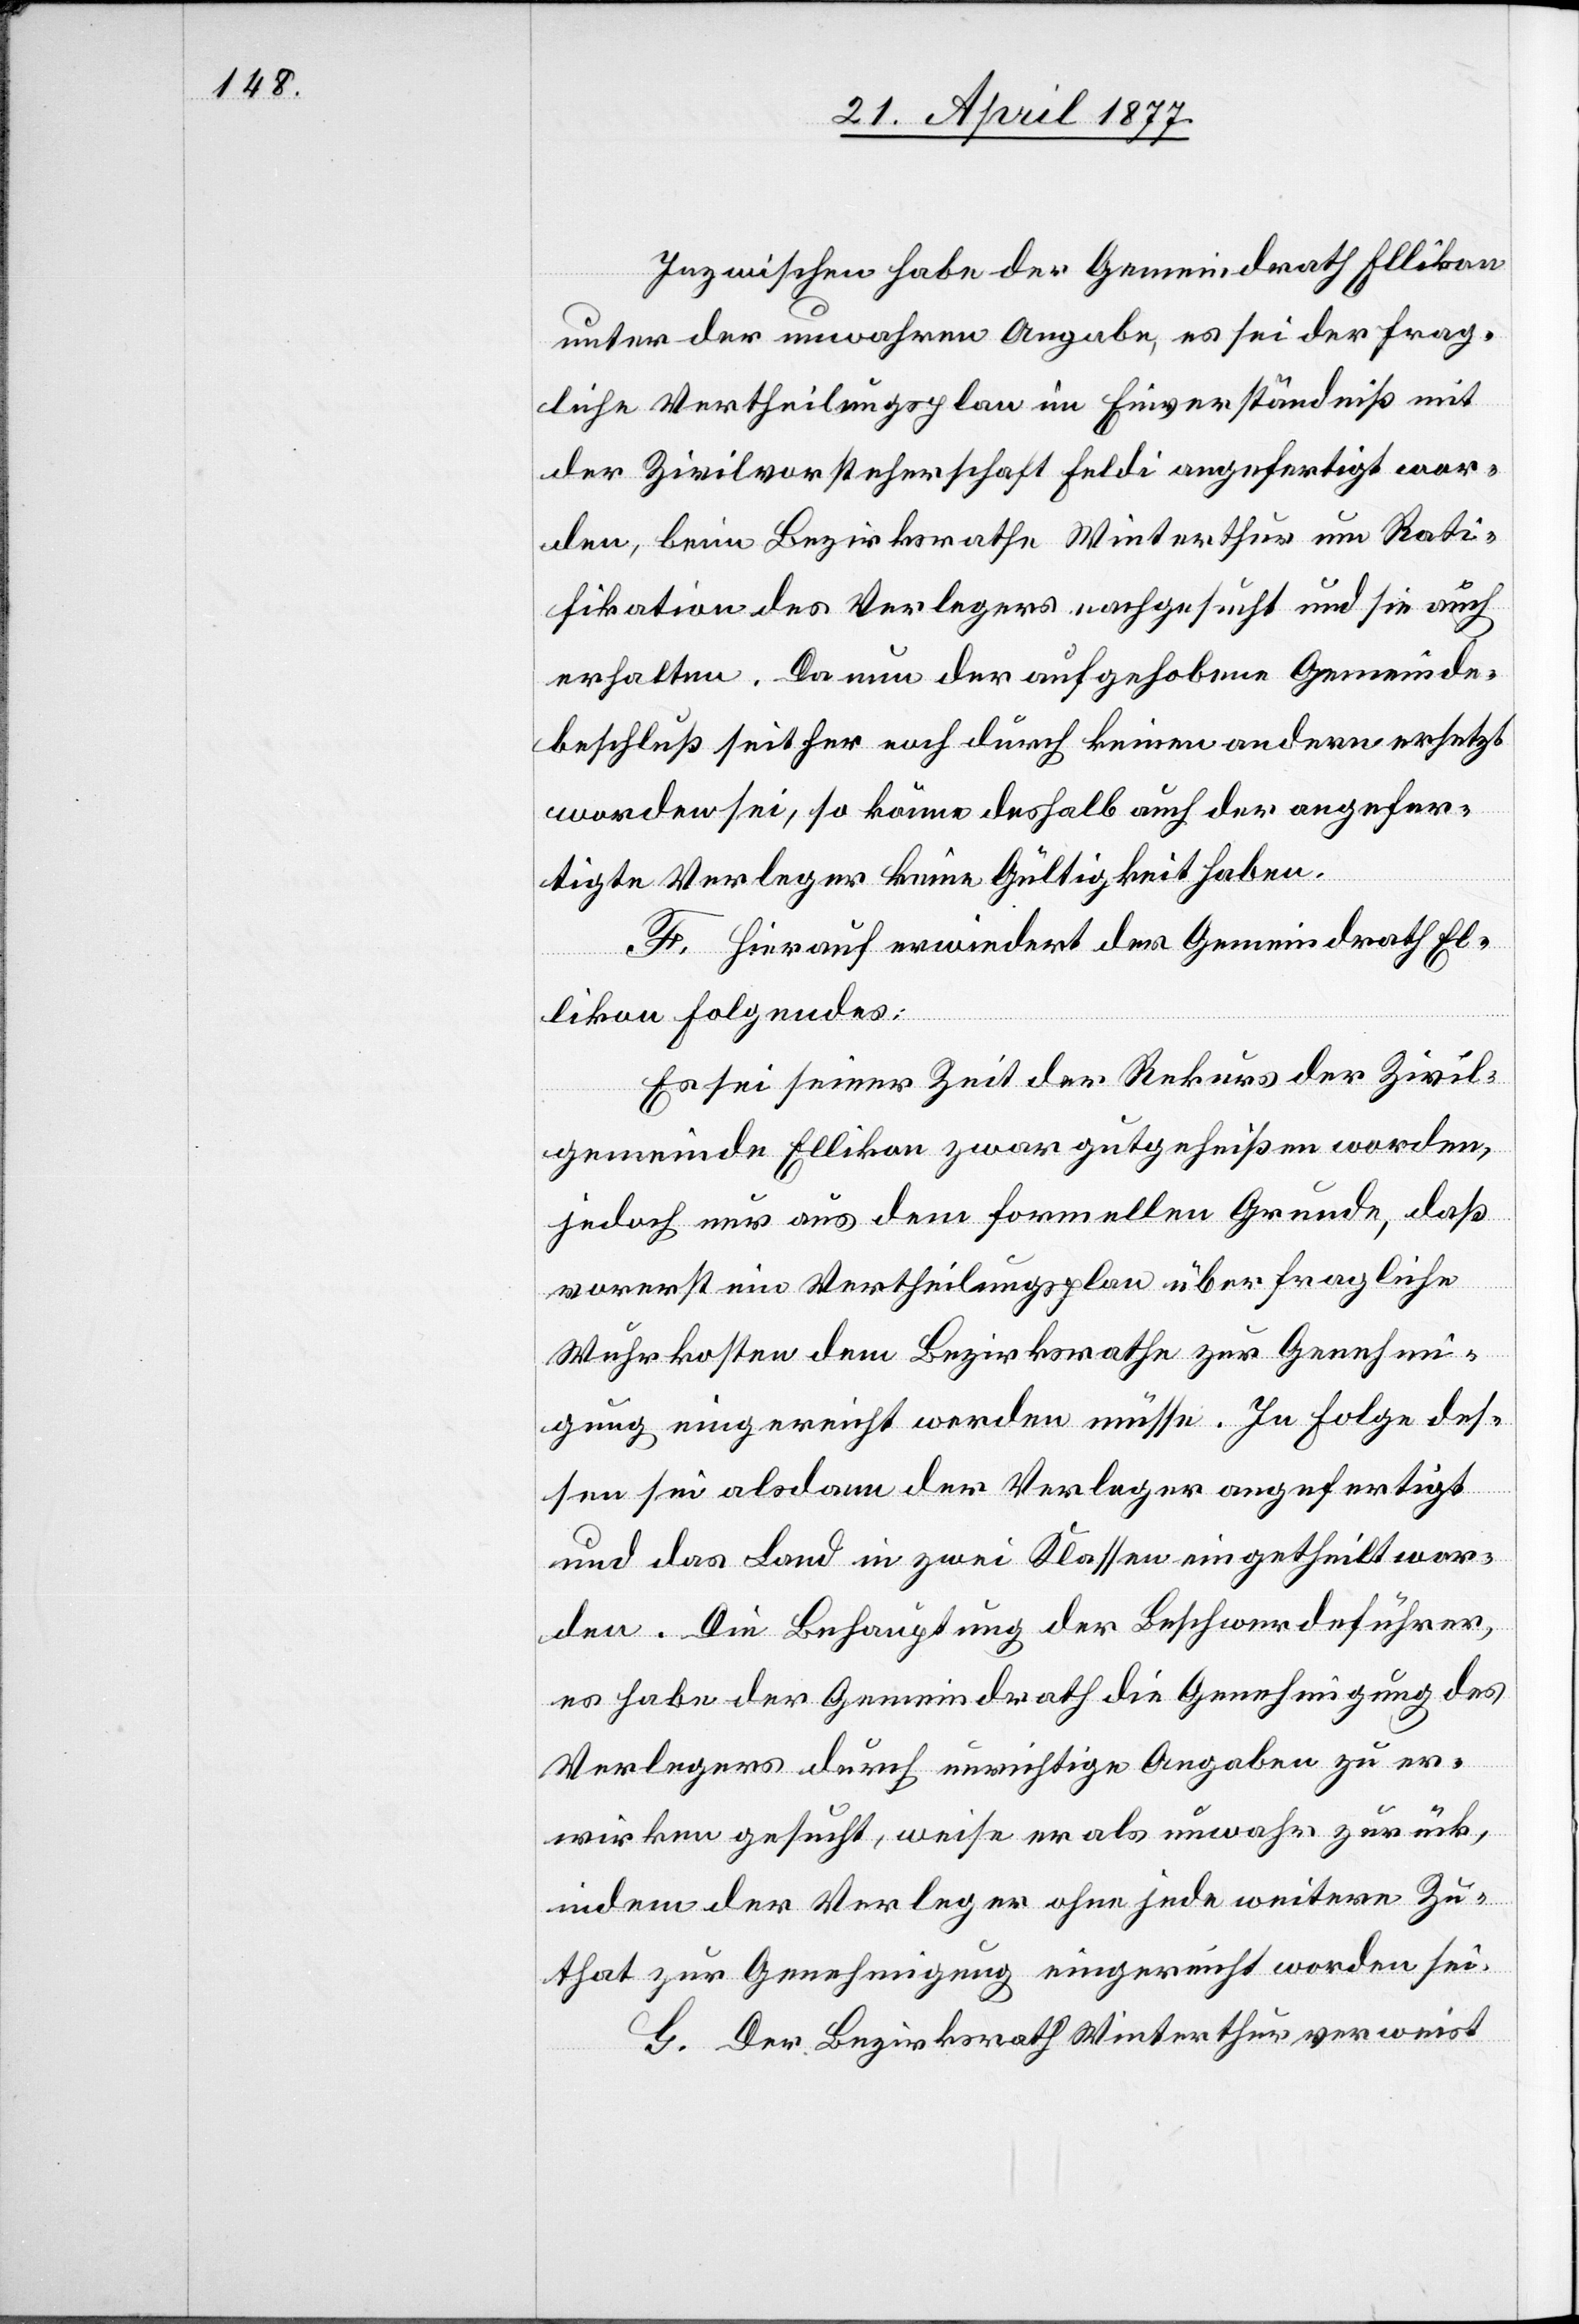
Inzwischen habe der Gemeindrath Ellikon
unter der unwahren Angabe, es sei der frag¬
liche Vertheilungsplan im Einverständniß mit
der Zivilvorsteherschaft Feldi angefertigt wor¬
den, beim Bezirksrathe Winterthur um Rati¬
fikation des Verlegers nachgesucht und sie auch
erhalten. Da nun der aufgehobene Gemeinde¬
beschluß seither noch durch keinen andern ersetzt
worden sei, so könne deshalb auch der angefer¬
tigte Verleger keine Gültigkeit haben.
F. Hierauf erwiedert der Gemeindrath El¬
likon Folgendes:
Es sei seiner Zeit der Rekurs der Zivil¬
gemeinde Ellikon zwar gutgeheißen worden,
jedoch nur aus dem formellen Grunde, daß
vorerst ein Vertheilungsplan über fragliche
Wuhrkosten dem Bezirksrathe zur Genehmi¬
gung eingereicht werden müsse. In Folge des¬
sen sei alsdann der Verleger angefertigt
und das Land in zwei Klassen eingetheilt wor¬
den. Die Behauptung der Beschwerdeführer,
es habe der Gemeindrath die Genehmigung des
Verlegers durch unrichtige Angaben zu er¬
wirken gesucht, weise er als unwahr zurück,
indem der Verleger ohne jede weitere Zu¬
that zur Genehmigung eingereicht worden sei.
G. Der Bezirksrath Winterthur verweist